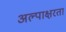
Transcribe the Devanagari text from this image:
अल्पाक्षरता